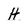
Character: H